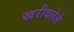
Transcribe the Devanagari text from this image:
खरीदलेले